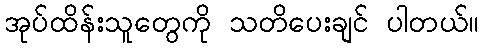
အုပ်ထိန်းသူတွေကို သတိပေးချင် ပါတယ်။